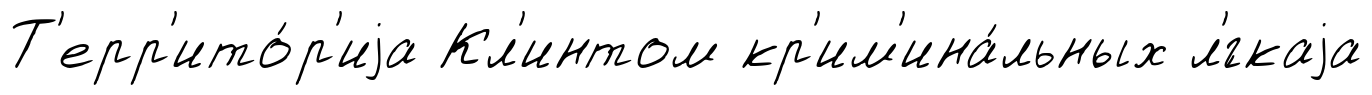
Т'ерр'ито́р'иjа Кл'интом кр'им'ина́льных л'́гкаjа